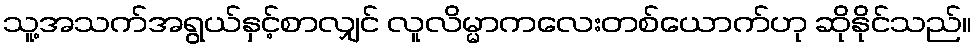
သူ့အသက်အရွယ်နှင့်စာလျှင် လူလိမ္မာကလေးတစ်ယောက်ဟု ဆိုနိုင်သည်။